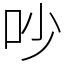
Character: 吵